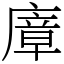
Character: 㢓